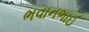
ભવાનભાઈ